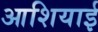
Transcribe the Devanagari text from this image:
आशियाई